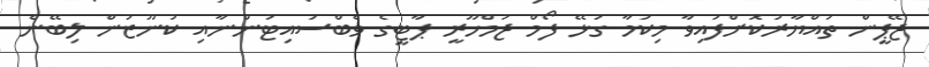
ޖޭޕީން ތައްޔާރުކޮށްފައިވާ މިކަމާ ގުޅޭ ފޯމް ޖުމްހޫރީ ޕާޓީގެ ވެބްސައިޓުންނާއި ކުނޫޒުން ލިބޭނެ